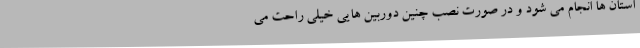
استان ها انجام می شود و در صورت نصب چنین دوربین هایی خیلی راحت می